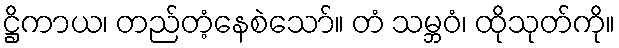
ဋ္ဌိကာယ၊ တည်တံ့နေစဲသော်။ တံ သမ္ဘဝံ၊ ထိုသုတ်ကို။